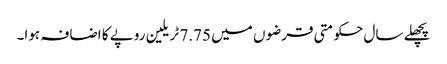
پچھلے سال حکومتی قرضوں میں 7.75 ٹریلین روپے کا اضافہ ہوا۔